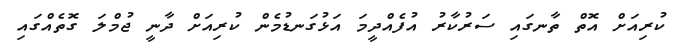
ކުރިއަށް އޮތް ތާނގައި ސަރުކާރު އުފެއްދީމަ އަޅުގަނޑުމެން ކުރިއަށް ދާނީ ޖުމްލަ ގޮތެއްގައި